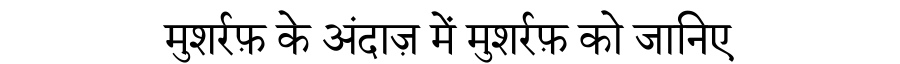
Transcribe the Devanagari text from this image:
मुशर्रफ़ के अंदाज़ में मुशर्रफ़ को जानिए